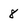
Character: 8